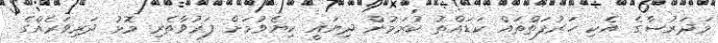
މަދަރުސާގެ އެކި ހަރުފަތްތައް ކަޑައްތު ކުރަމުން ދިޔައީ ކިޔެވުމަށް ފަރުވާތެރި މޮޅު ދަރިވަރެއްގެ